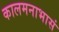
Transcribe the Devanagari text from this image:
कालमनाभासं